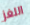
اللغز